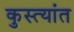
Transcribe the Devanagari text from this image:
कुस्त्यांत